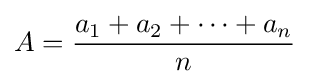
A={\frac {a_{1}+a_{2}+\cdots +a_{n}}{n}}